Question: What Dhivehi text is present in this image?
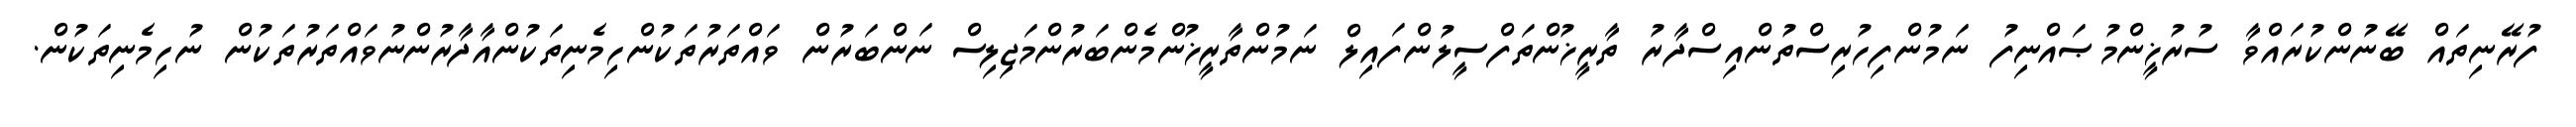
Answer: ފުރޭނިތައް ބޭނުންކުރައްވާ ސުރުޚީންމުޞައްނިފު ނަމުންފިހުރިސްތުންއިސްދާރު ތާރީޚުންތަފްސީލުންފައިލް ނަމުންތާރީޚުންމެންބަރުންމަޖިލިސް ނަންބަރުން ވައްތަރުތަކުންހިމެނިތަކުންއާދާރުންނުވައްތަރުތަކުން ނުހިމެނިތަކުން.